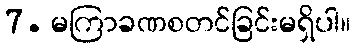
7. မကြာခဏစတင်ခြင်းမရှိပါ။